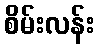
စိမ်းလန်း